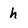
Character: h